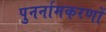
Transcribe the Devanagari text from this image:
पुनर्नामकरणों